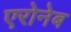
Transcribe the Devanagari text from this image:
एरोनेब